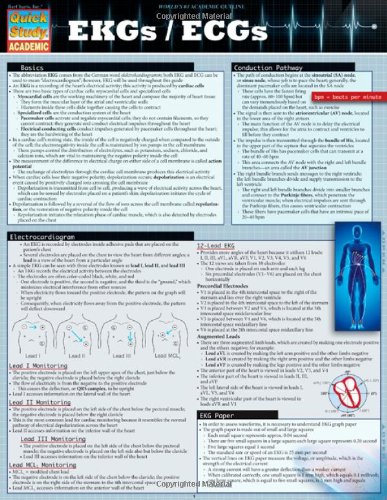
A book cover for Ekgs / Ecgs (Quick Study: Academic); Inc. BarCharts; Medical Books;